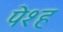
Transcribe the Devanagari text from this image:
पेश्ह